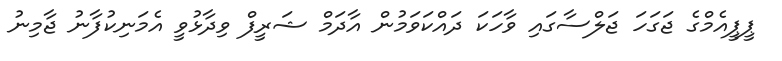
ޕީޕީއެމްގެ ޖަގަހަ ޖަލްސާގައި ވާހަކަ ދައްކަވަމުން އާދަމް ޝަރީފް ވިދާޅުވީ އެމަނިކުފާނު ޖާމިނު